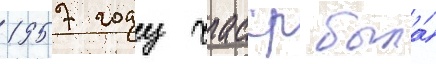
1957 году чиасср была́